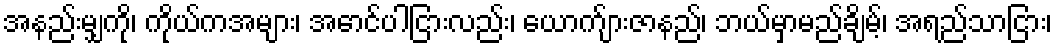
အနည်းမျှကို၊ ကိုယ်ကအများ၊ အောင်ပါငြားလည်း၊ ယောက်ျားဇာနည်၊ ဘယ်မှာမည်ချိမ့်၊ အရည်သာငြား၊